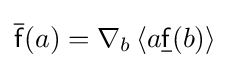
{\overline {\mathsf {f}}}(a)=\nabla _{b}\left\langle a{\underline {\mathsf {f}}}(b)\right\rangle